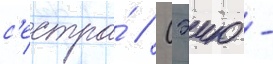
с'естра́ // Сэию -